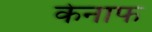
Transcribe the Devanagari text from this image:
केनाफ